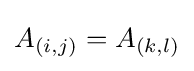
A_{(i,j)}=A_{(k,l)}